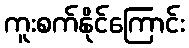
ကူးစက်နိုင်ကြောင်း